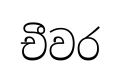
චීවර